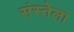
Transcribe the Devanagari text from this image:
संस्तेला